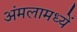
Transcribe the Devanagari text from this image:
अंमलामध्यें